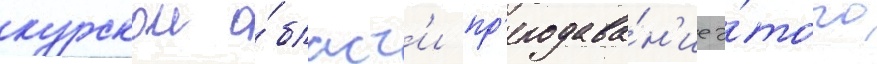
курскои о́бласт'и пр'еподава́н'ие э́того